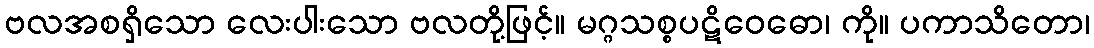
ဗလအစရှိသော လေးပါးသော ဗလတို့ဖြင့်။ မဂ္ဂသစ္စပဋိဝေဓော၊ ကို။ ပကာသိတော၊